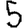
Digit: 5